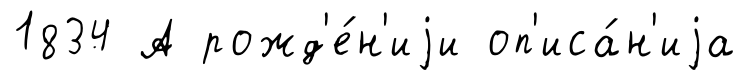
1834 А рожд'е́н'иjи оп'иса́н'иjа